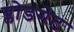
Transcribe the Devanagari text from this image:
ब्लोडगेट